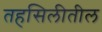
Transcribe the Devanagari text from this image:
तहसिलीतील